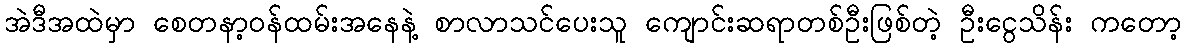
အဲဒီအထဲမှာ စေတနာ့ဝန်ထမ်းအနေနဲ့ စာလာသင်ပေးသူ ကျောင်းဆရာတစ်ဦးဖြစ်တဲ့ ဦးငွေသိန်း ကတော့